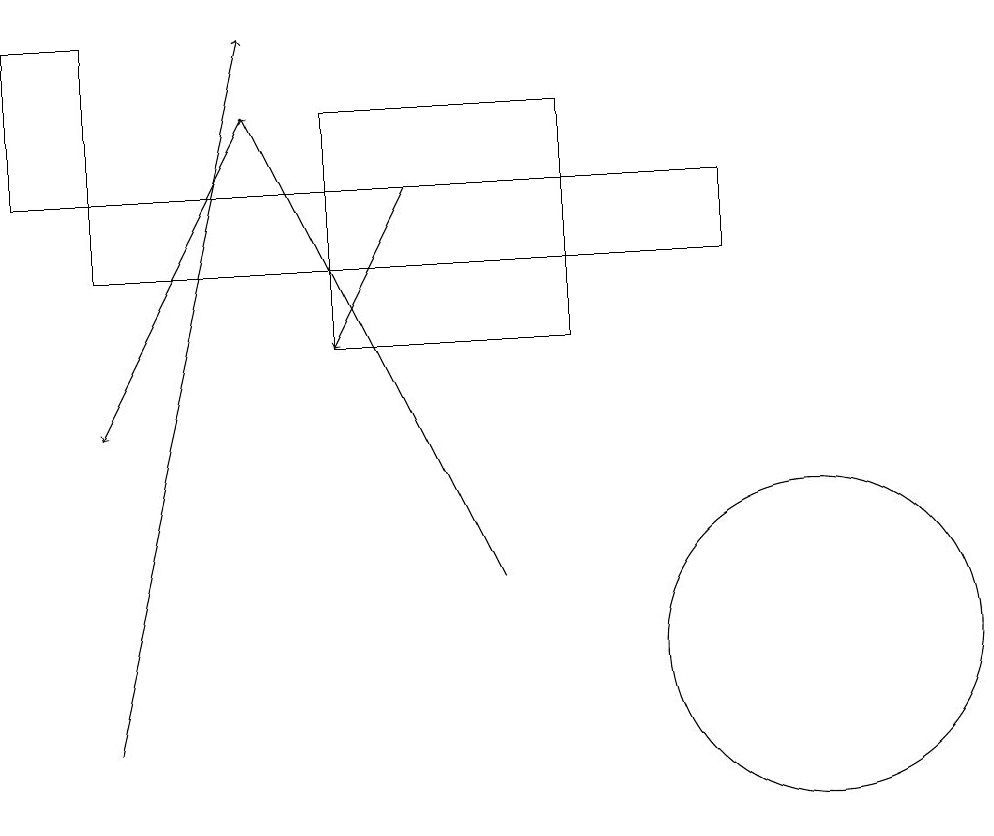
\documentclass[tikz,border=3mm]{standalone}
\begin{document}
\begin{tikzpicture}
\draw[->] (1,10) -- (3,19);
\draw (1,16) rectangle (9,17);
\draw (7,15) rectangle (4,18);
\draw[->] (3,18) -- (1,14);
\draw[->] (6,12) -- (3,18);
\draw (1,17) rectangle (0,19);
\draw (10,11) circle (2);
\draw[->] (5,17) -- (4,15);
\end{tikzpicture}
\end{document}